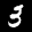
Label: 3